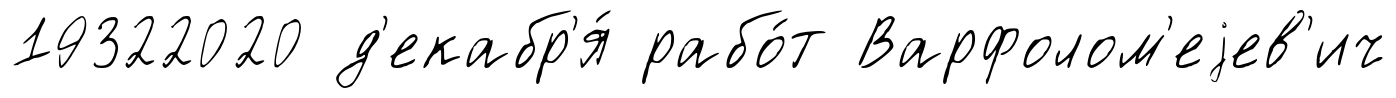
19322020 д'екабр'я́ рабо́т Варфолом'еjев'ич